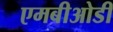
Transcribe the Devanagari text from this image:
एमबीओडी